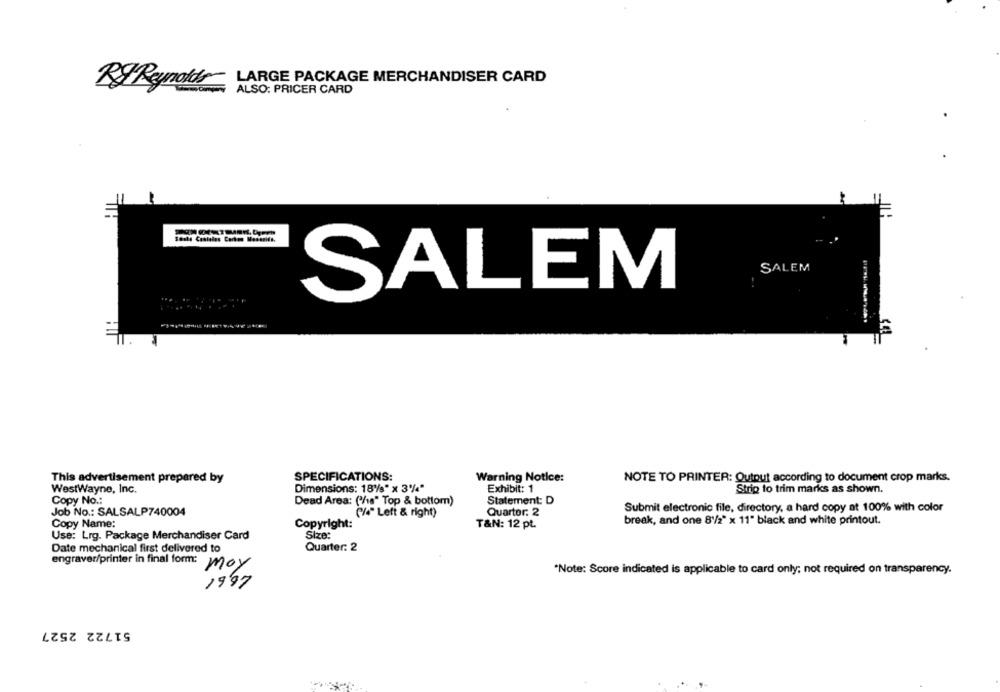
LARGE PACKAGE MERCHANDISER CARD
R& Reynolds
ALSO: PRICER CARD
SALEM
SALEM
This advertisement prepared by
SPECIFICATIONS:
Warning Notice:
NOTE TO PRINTER: Output according to document crop marks.
WestWayne, Inc.
Dimensions: 18%* x 3%*
Exhibit: 1
Strip to trim marks as shown.
Copy No .:
Dead Area: ('/18" Top & bottom)
Statement: D
Job No .: SALSALP740004
Quartor. 2
Submit electronic file, directory, a hard copy at 100% with color
(/4" Left & right)
Copy Name:
Copyright:
T&N: 12 pt.
break, and one 8'/2" x 11" black and white printout.
Use: Lrg. Package Merchandiser Card
Size:
Date mechanical first delivered to
Quarter: 2
engraver/printer in final form: moy
"Note: Score indicated is applicable to card only; not required on transparency.
1997
51722 2527